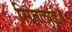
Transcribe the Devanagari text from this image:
सितलाई॥